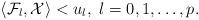
LaTeX: \begin{align*}\langle \mathcal{F}_l, \mathcal{X} \rangle < u_l,\ l=0,1,\ldots,p.\end{align*}